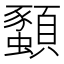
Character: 𫖨